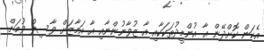
އެކަން ކޮށްދޭން އާ އުންމީދުތަކަކާއި އާ ޒުވާނުންނާއި އާ އަމާޒަށް ވާސިލް ވުމަށް